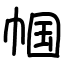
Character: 帼